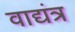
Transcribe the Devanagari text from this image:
वाद्यंत्र